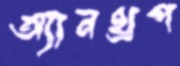
অ্যানথ্রপ